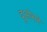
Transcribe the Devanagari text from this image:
दूओसरे